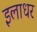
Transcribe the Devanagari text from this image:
इलाधर